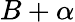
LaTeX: B+\alpha